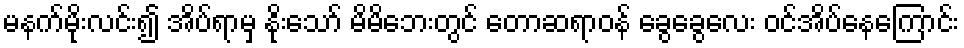
မနက်မိုးလင်း၍ အိပ်ရာမှ နိုးသော် မိမိဘေးတွင် တောဆရာဝန် ခွေခွေလေး ဝင်အိပ်နေကြောင်း